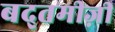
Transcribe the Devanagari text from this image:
बद्तमीज़ी